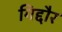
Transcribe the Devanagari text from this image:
गिद्दौर